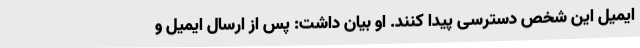
ایمیل این شخص دسترسی پیدا کنند. او بیان داشت: پس از ارسال ایمیل و